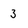
Character: 3